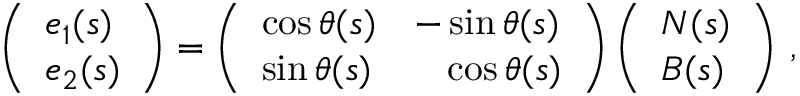
\begin{array} { r } { \left( \begin{array} { l } { e _ { 1 } ( s ) } \\ { e _ { 2 } ( s ) } \end{array} \right) = \left( \begin{array} { l l } { \cos \theta ( s ) } & { - \sin \theta ( s ) } \\ { \sin \theta ( s ) } & { \phantom { + } \cos \theta ( s ) } \end{array} \right) \left( \begin{array} { l } { N ( s ) } \\ { B ( s ) } \end{array} \right) \, , } \end{array}